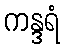
ကန္ဒရံ